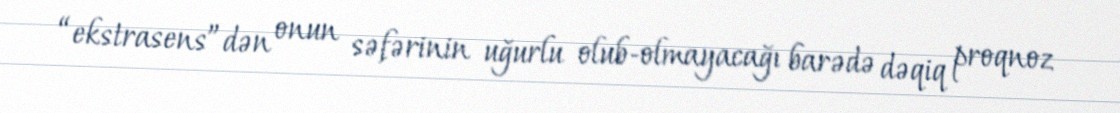
“ekstrasens”dən onun səfərinin uğurlu olub-olmayacağı barədə dəqiq proqnoz